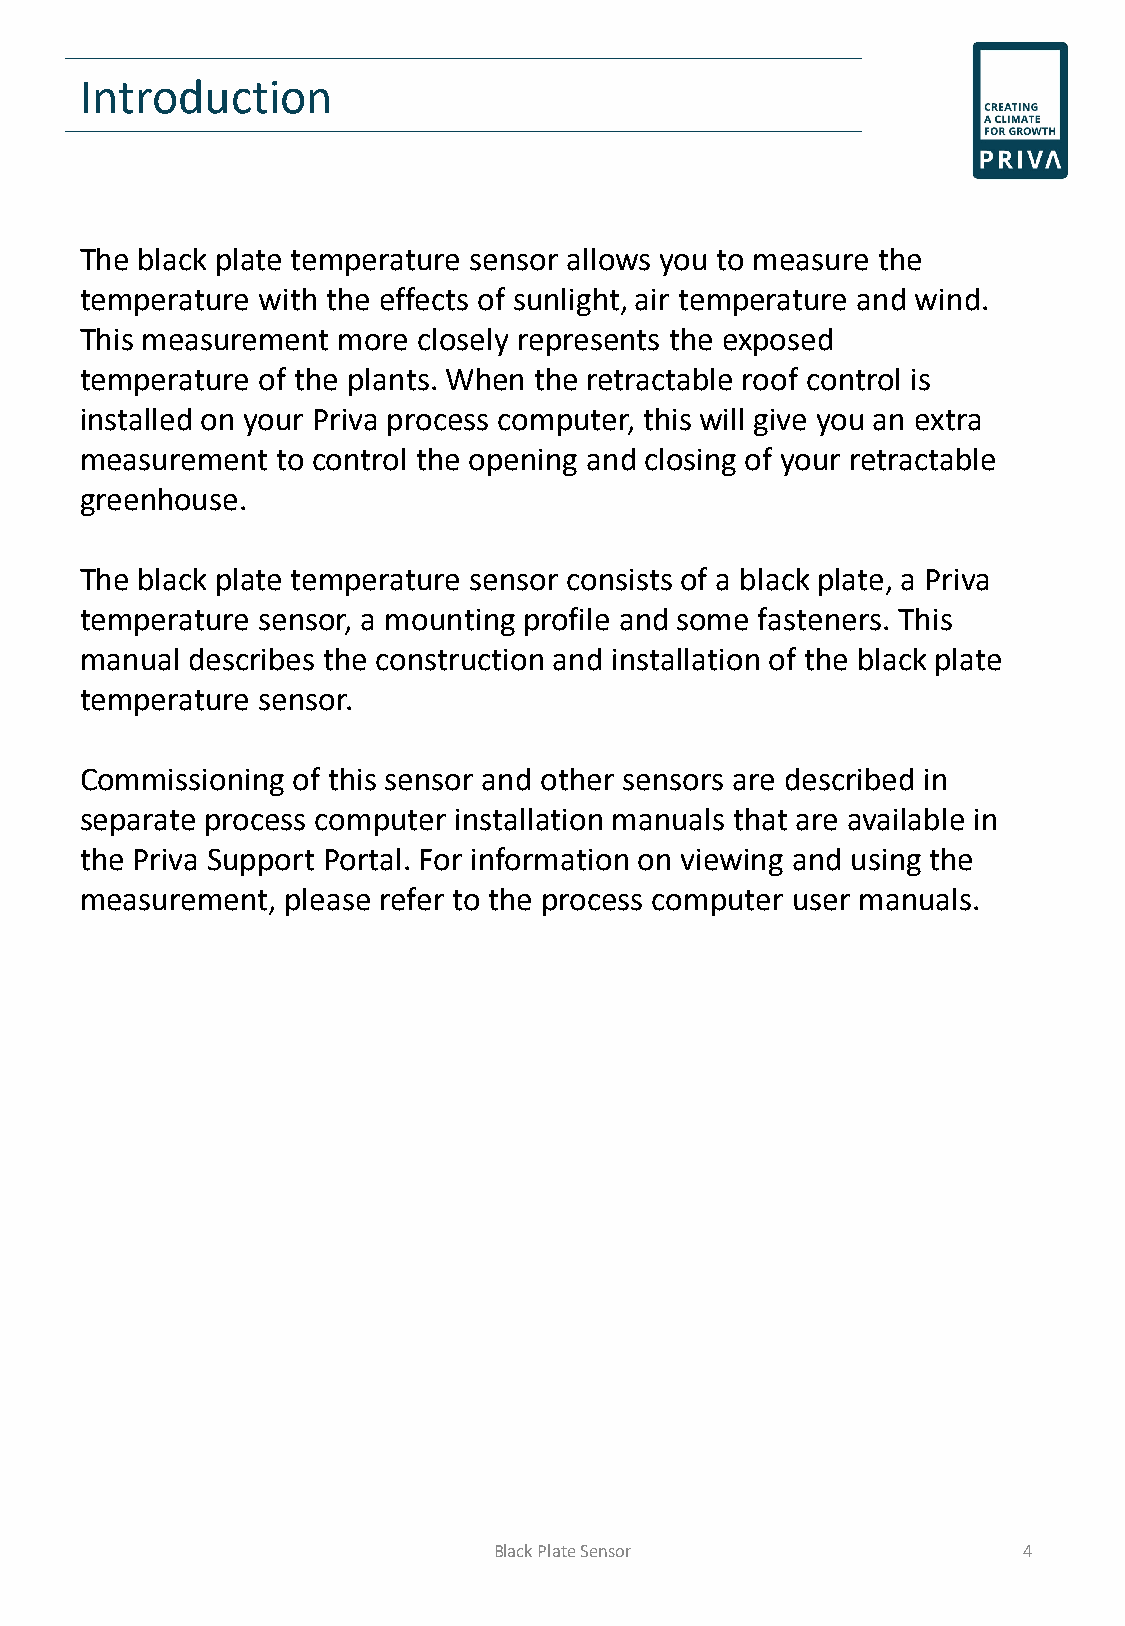
Introduction
 The black plate temperature sensor allows you to measure the
 temperature with the effects of sunlight, air temperature and wind.
 This measurement more  closely represents the exposed
 temperature of the plants. When the retractable roof control is
 installed on your Priva process computer, this will give you an extra
 measurement  to control the opening and closing of your retractable
 greenhouse.
 The black plate temperature sensor consists of a black plate, a Priva
 temperature sensor, a mounting profile and some fasteners. This
 manual describes the construction and installation of the black plate
 temperature sensor.
 Commissioning of this sensor and other sensors are described in
 separate process computer installation manuals that are available in
 the Priva Support Portal. For information on viewing and using the
 measurement,  please refer to the process computer user manuals.
 Black Plate Sensor                 4